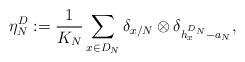
LaTeX: \begin{align*}\eta_{N}^{D}:=\frac{1}{K_{N}}\sum_{x\in D_{N}}\delta_{x/N}\otimes\delta_{h_{x}^{D_{N}}-a_{N}},\end{align*}